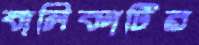
বালিকাটির